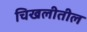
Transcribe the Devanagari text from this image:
चिखलीतील